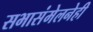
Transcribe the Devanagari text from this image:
सभासंमेलनेही